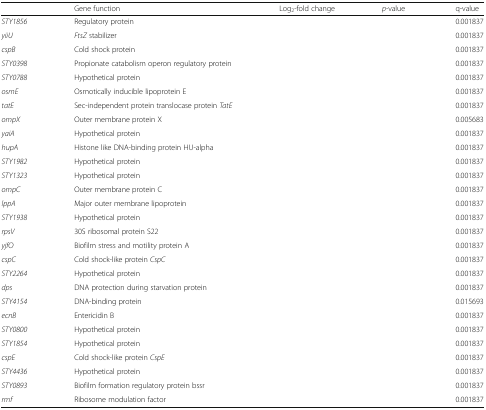
<table><thead><tr><td>[EMPTY_CELL]</td><td><b>Gene function</b></td><td><b>Log<sub>2</sub>-fold change</b></td><td><b><i>p</i>-value</b></td><td><b>q-value</b></td></tr></thead><tbody><tr><td><i>STY1856</i></td><td>Regulatory protein</td><td>[EMPTY_CELL]</td><td>[EMPTY_CELL]</td><td>0.001837</td></tr><tr><td><i>yiiU</i></td><td><i>FtsZ</i> stabilizer</td><td>[EMPTY_CELL]</td><td>[EMPTY_CELL]</td><td>0.001837</td></tr><tr><td><i>cspB</i></td><td>Cold shock protein</td><td>[EMPTY_CELL]</td><td>[EMPTY_CELL]</td><td>0.001837</td></tr><tr><td><i>STY0398</i></td><td>Propionate catabolism operon regulatory protein</td><td>[EMPTY_CELL]</td><td>[EMPTY_CELL]</td><td>0.001837</td></tr><tr><td><i>STY0788</i></td><td>Hypothetical protein</td><td>[EMPTY_CELL]</td><td>[EMPTY_CELL]</td><td>0.001837</td></tr><tr><td><i>osmE</i></td><td>Osmotically inducible lipoprotein E</td><td>[EMPTY_CELL]</td><td>[EMPTY_CELL]</td><td>0.001837</td></tr><tr><td><i>tatE</i></td><td>Sec-independent protein translocase protein <i>TatE</i></td><td>[EMPTY_CELL]</td><td>[EMPTY_CELL]</td><td>0.001837</td></tr><tr><td><i>ompX</i></td><td>Outer membrane protein X</td><td>[EMPTY_CELL]</td><td>[EMPTY_CELL]</td><td>0.005683</td></tr><tr><td><i>yaiA</i></td><td>Hypothetical protein</td><td>[EMPTY_CELL]</td><td>[EMPTY_CELL]</td><td>0.001837</td></tr><tr><td><i>hupA</i></td><td>Histone like DNA-binding protein HU-alpha</td><td>[EMPTY_CELL]</td><td>[EMPTY_CELL]</td><td>0.001837</td></tr><tr><td><i>STY1982</i></td><td>Hypothetical protein</td><td>[EMPTY_CELL]</td><td>[EMPTY_CELL]</td><td>0.001837</td></tr><tr><td><i>STY1323</i></td><td>Hypothetical protein</td><td>[EMPTY_CELL]</td><td>[EMPTY_CELL]</td><td>0.001837</td></tr><tr><td><i>ompC</i></td><td>Outer membrane protein C</td><td>[EMPTY_CELL]</td><td>[EMPTY_CELL]</td><td>0.001837</td></tr><tr><td><i>lppA</i></td><td>Major outer membrane lipoprotein</td><td>[EMPTY_CELL]</td><td>[EMPTY_CELL]</td><td>0.001837</td></tr><tr><td><i>STY1938</i></td><td>Hypothetical protein</td><td>[EMPTY_CELL]</td><td>[EMPTY_CELL]</td><td>0.001837</td></tr><tr><td><i>rpsV</i></td><td>30S ribosomal protein S22</td><td>[EMPTY_CELL]</td><td>[EMPTY_CELL]</td><td>0.001837</td></tr><tr><td><i>yjfO</i></td><td>Biofilm stress and motility protein A</td><td>[EMPTY_CELL]</td><td>[EMPTY_CELL]</td><td>0.001837</td></tr><tr><td><i>cspC</i></td><td>Cold shock-like protein <i>CspC</i></td><td>[EMPTY_CELL]</td><td>[EMPTY_CELL]</td><td>0.001837</td></tr><tr><td><i>STY2264</i></td><td>Hypothetical protein</td><td>[EMPTY_CELL]</td><td>[EMPTY_CELL]</td><td>0.001837</td></tr><tr><td><i>dps</i></td><td>DNA protection during starvation protein</td><td>[EMPTY_CELL]</td><td>[EMPTY_CELL]</td><td>0.001837</td></tr><tr><td><i>STY4154</i></td><td>DNA-binding protein</td><td>[EMPTY_CELL]</td><td>[EMPTY_CELL]</td><td>0.015693</td></tr><tr><td><i>ecnB</i></td><td>Entericidin B</td><td>[EMPTY_CELL]</td><td>[EMPTY_CELL]</td><td>0.001837</td></tr><tr><td><i>STY0800</i></td><td>Hypothetical protein</td><td>[EMPTY_CELL]</td><td>[EMPTY_CELL]</td><td>0.001837</td></tr><tr><td><i>STY1854</i></td><td>Hypothetical protein</td><td>[EMPTY_CELL]</td><td>[EMPTY_CELL]</td><td>0.001837</td></tr><tr><td><i>cspE</i></td><td>Cold shock-like protein <i>CspE</i></td><td>[EMPTY_CELL]</td><td>[EMPTY_CELL]</td><td>0.001837</td></tr><tr><td><i>STY4436</i></td><td>Hypothetical protein</td><td>[EMPTY_CELL]</td><td>[EMPTY_CELL]</td><td>0.001837</td></tr><tr><td><i>STY0893</i></td><td>Biofilm formation regulatory protein bssr</td><td>[EMPTY_CELL]</td><td>[EMPTY_CELL]</td><td>0.001837</td></tr><tr><td><i>rmf</i></td><td>Ribosome modulation factor</td><td>[EMPTY_CELL]</td><td>[EMPTY_CELL]</td><td>0.001837</td></tr></tbody></table>